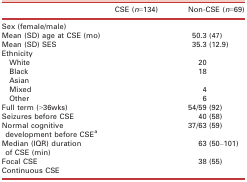
<table><thead><tr><td>[EMPTY_CELL]</td><td><b>CSE (<i>n</i>=134)</b></td><td><b>Non‐CSE (<i>n</i>=69)</b></td></tr></thead><tbody><tr><td>Sex (female/male)</td><td>[EMPTY_CELL]</td><td>[EMPTY_CELL]</td></tr><tr><td>Mean (SD) age at CSE (mo)</td><td>[EMPTY_CELL]</td><td>50.3 (47)</td></tr><tr><td>Mean (SD) SES</td><td>[EMPTY_CELL]</td><td>35.3 (12.9)</td></tr><tr><td colspan="3">Ethnicity</td></tr><tr><td>White</td><td>[EMPTY_CELL]</td><td>20</td></tr><tr><td>Black</td><td>[EMPTY_CELL]</td><td>18</td></tr><tr><td>Asian</td><td>[EMPTY_CELL]</td><td>[EMPTY_CELL]</td></tr><tr><td>Mixed</td><td>[EMPTY_CELL]</td><td>4</td></tr><tr><td>Other</td><td>[EMPTY_CELL]</td><td>6</td></tr><tr><td>Full term (&gt;36wks)</td><td>[EMPTY_CELL]</td><td>54/59 (92)</td></tr><tr><td>Seizures before CSE</td><td>[EMPTY_CELL]</td><td>40 (58)</td></tr><tr><td>Normal cognitive development before CSEa</td><td>[EMPTY_CELL]</td><td>37/63 (59)</td></tr><tr><td>Median (IQR) duration of CSE (min)</td><td>[EMPTY_CELL]</td><td>63 (50–101)</td></tr><tr><td>Focal CSE</td><td>[EMPTY_CELL]</td><td>38 (55)</td></tr><tr><td>Continuous CSE</td><td>[EMPTY_CELL]</td><td>[EMPTY_CELL]</td></tr></tbody></table>